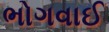
ભોગવાઈ